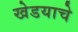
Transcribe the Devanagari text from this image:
खेडयाचे